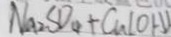
N a _ { 2 } S D _ { 4 } + C _ { n } l O H